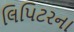
લિપિટરના